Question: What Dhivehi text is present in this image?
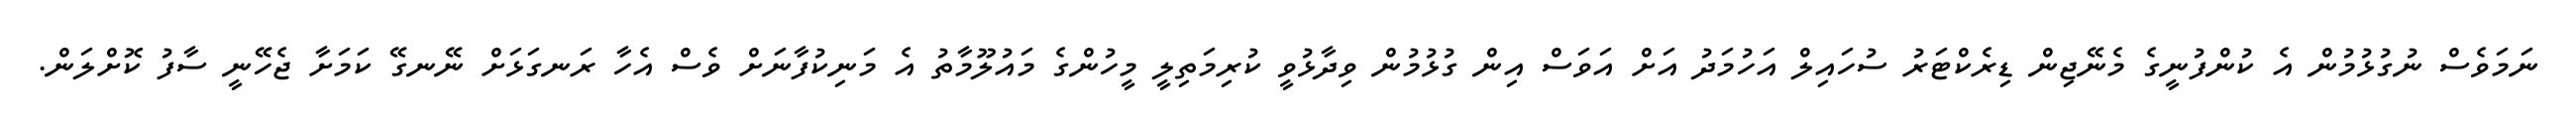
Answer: ނަމަވެސް ނުގުޅުމުން އެ ކުންފުނީގެ މެނޭޖިން ޑިރެކްޓަރު ސުހައިލް އަހުމަދު އަށް އަވަސް އިން ގުޅުމުން ވިދާޅުވީ ކުރިމަތިލީ މީހުންގެ މައުލޫމާތު އެ މަނިކުފާނަށް ވެސް އެހާ ރަނގަޅަށް ނޭނގޭ ކަމަށާ ޖެހޭނީ ސާފު ކޮށްލަން.